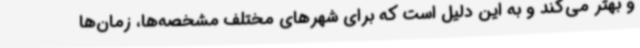
و بهتر می‌کند و به این دلیل است که برای شهرهای مختلف مشخصه‌ها، زمان‌ها